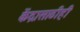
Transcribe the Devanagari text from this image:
केंद्रासाठीही